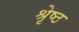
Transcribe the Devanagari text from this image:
श्रृेष्ठ